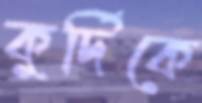
কুর্দিকে